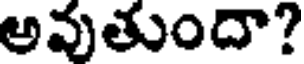
అవుతుందా?